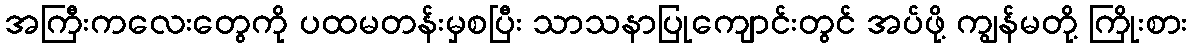
အကြီးကလေးတွေကို ပထမတန်းမှစပြီး သာသနာပြုကျောင်းတွင် အပ်ဖို့ ကျွန်မတို့ ကြိုးစား